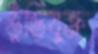
ভুঁড়িযুক্ত